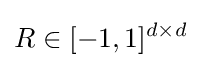
R\in [-1,1]^{d\times d}